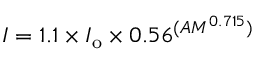
I = 1 . 1 \times I _ { \mathrm { o } } \times 0 . 5 6 ^ { ( A M ^ { 0 . 7 1 5 } ) }